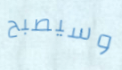
وسيصبح